Problem: 8 × 11 = ?
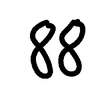
Handwritten answer: 88